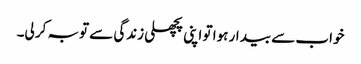
خواب سے بیدار ہوا تو اپنی پچھلی زندگی سے توبہ کر لی۔